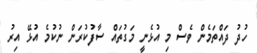
ހުދު ދައްތަމެން ވެސް މި އުޅެނީ މަގުތައް ސާފުކުރަން ނުކުމެ އުޅޭ އިރު